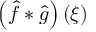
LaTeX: \left( { \hat { f } } * { \hat { g } } \right) ( \xi )